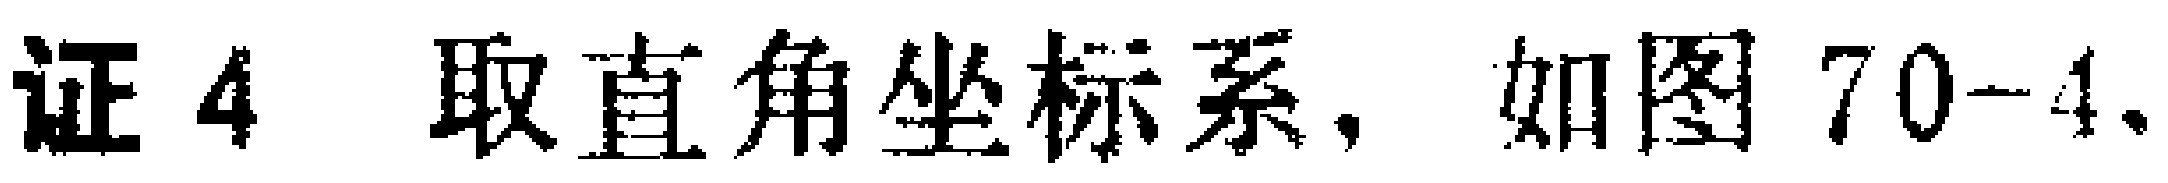
证4 取直角坐标系，如图70-4.